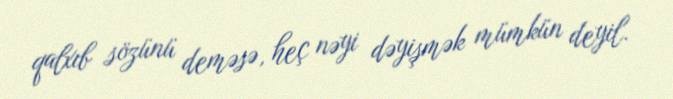
qalxıb sözünü deməsə, heç nəyi dəyişmək mümkün deyil.